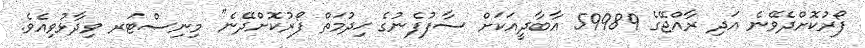
ފޯރުކޮށްދެވޭނެ އަދި ރާއްޖޭގެ 59989 އާބާދީއަކަށް ސާފުފެނުގެ ޚިދުމަތް ފޯރުކޮށްދޭނެ" މިނިސްޓަރ ވިދާޅުވިއެވެ.